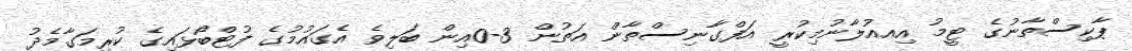
ޕާކިސްތާނުގެ ޓީމު އިއއުލާނުމިކުރީ އަފްގާނިސްތާން އަތުން 3-0އިން ބަލިވެ އެގައުމުގެ ފުޓްބޯޅައިގެ ކުރިމަގާމެދު